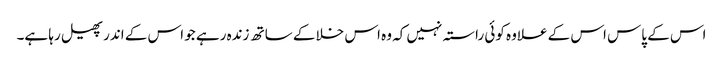
اس کے پاس اس کے علاوہ کوئی راستہ نہیں کہ وہ اس خلا کے ساتھ زندہ رہے جو اس کے اندر پھیل رہا ہے۔